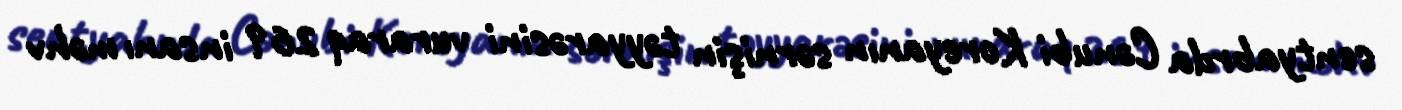
sentyabrda Cənubi Koreyanın sərnişin təyyarəsini vuraraq 269 insanı məhv